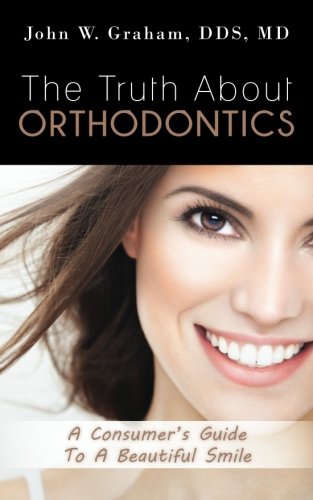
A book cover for The Truth About Orthodontics: A Consumer's Guide To A Beautiful Smile; John W. Graham; Medical Books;